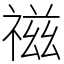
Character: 禌